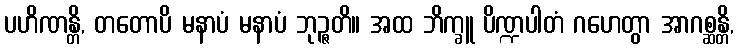
ပဟိဏန္တိ, တတောပိ မနာပံ မနာပံ ဘုဉ္ဇတိ။ အထ ဘိက္ခူ ပိဏ္ဍပါတံ ဂဟေတွာ အာဂစ္ဆန္တိ,